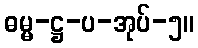
ဓမ္မ-ဋ္ဌ-ပ-အုပ်-၅။